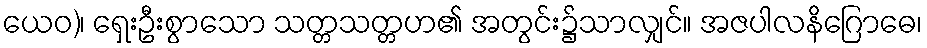
ယေဝ)၊ ရှေးဦးစွာသော သတ္တသတ္တဟ၏ အတွင်း၌သာလျှင်။ အဇပါလနိဂြောဓေ၊